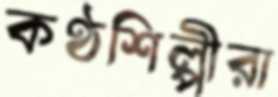
কণ্ঠশিল্পীরা